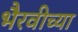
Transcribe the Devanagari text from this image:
भैरवीच्या